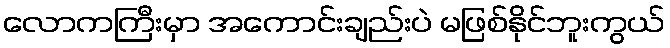
လောကကြီးမှာ အကောင်းချည်းပဲ မဖြစ်နိုင်ဘူးကွယ်